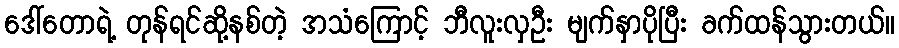
ဒေါ်တောရဲ့ တုန်ရင်ဆို့နစ်တဲ့ အသံကြောင့် ဘီလူးလှဦး မျက်နှာပိုပြီး ခက်ထန်သွားတယ်။